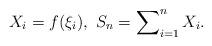
LaTeX: \begin{align*}{X_{i}=f(\xi_{i}),\ S_{n}=\sum\nolimits_{i=1}^{n}X_{i}.} \end{align*}